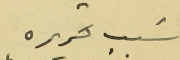
سَبب تحريره